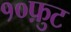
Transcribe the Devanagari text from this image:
१०फ़ुट